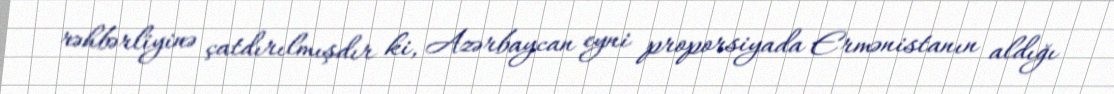
rəhbərliyinə çatdırılmışdır ki, Azərbaycan eyni proporsiyada Ermənistanın aldığı